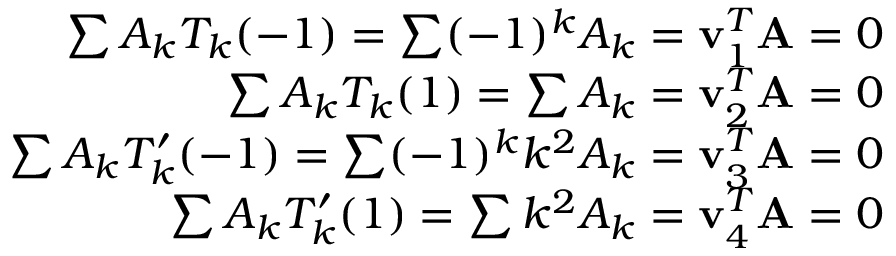
\begin{array} { r } { \sum A _ { k } T _ { k } ( - 1 ) = \sum ( - 1 ) ^ { k } A _ { k } = \mathbf { v } _ { 1 } ^ { T } \mathbf { A } = 0 } \\ { \sum A _ { k } T _ { k } ( 1 ) = \sum A _ { k } = \mathbf { v } _ { 2 } ^ { T } \mathbf { A } = 0 } \\ { \sum A _ { k } T _ { k } ^ { \prime } ( - 1 ) = \sum ( - 1 ) ^ { k } k ^ { 2 } A _ { k } = \mathbf { v } _ { 3 } ^ { T } \mathbf { A } = 0 } \\ { \sum A _ { k } T _ { k } ^ { \prime } ( 1 ) = \sum k ^ { 2 } A _ { k } = \mathbf { v } _ { 4 } ^ { T } \mathbf { A } = 0 } \end{array}